Annual report of the Bengal Veterinary College and of the Civil Veterinary Department, Bengal, for the year 1916-17 - 1916-1917
Year: 1916
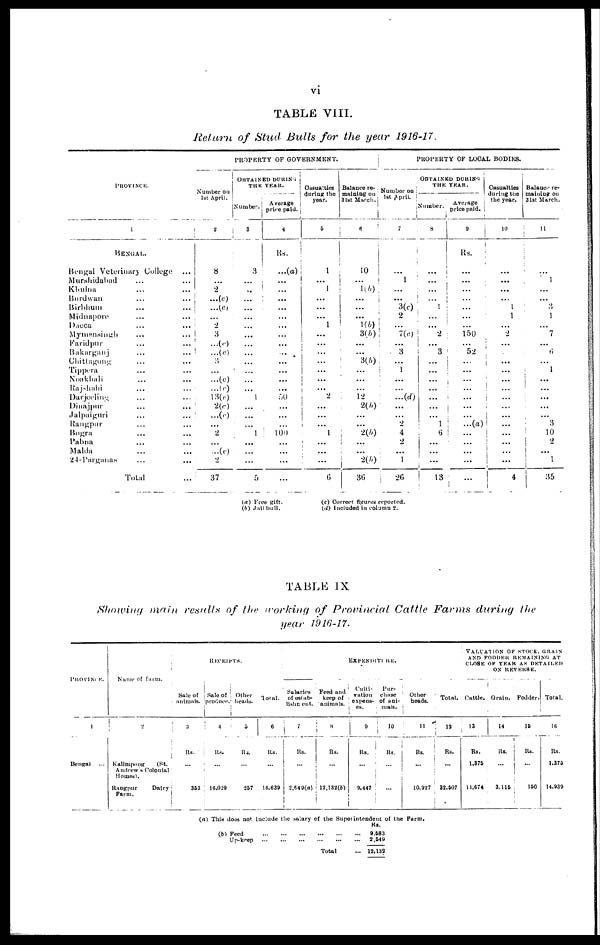
vi
TABLE
VIII.
Return
of Stud
Bulls
for
the
year
1916-17.
PROVINCE.
1
BENGAL.
Bengal Veterinary College ...
Murshidabad
......
Khulna ......
Burdwan ......
Birbhum ......
Midnapore
......
Dacca
......
Mymensingh
......
Faridpur ......
Bakarganj ......
Chittagong
.....
Tippera ......
Noakbali
......
Rajshahi ......
Darjeeling ......
Dinajpur
......
Jalpaiguri ......
Rangpur ......
Bogra
......
Pabna ......
Malda
......
24-Parganas
......
Total...
PROPERTY OF GOVERNMENT.
Number on
1st April.
2
8
...
2
...(c)
...(c)
...
2
3
...(c)
...(c)
...
...
...(c)
...(c)
13(c)
2(c)
...(c)
...
2
...(c)
2
37
OBTAINED DURING
THE YEAR.
Number.
3
3
...
...
...
...
...
...
...
...
...
...
...
...
...
1
...
...
...
1
...
...
...
5
Average
price paid.
4
Rs.
...(a)
...
...
...
...
...
...
...
...
...
...
...
...
...
50
...
...
...
100
...
...
...
...
Casualties
during the
year.
5
1
...
1
...
...
...
1
...
...
...
...
...
...
...
2
...
...
...
1
...
...
...
6
Balance re-
maining on
31st March.
6
10
...
1(b)
...
...
...
1(b)
3(A)
...
...
3(b)
...
...
...
12
2(A)
...
...
2(b)
...
...
2(b)
36
PROPERTY OF LOCAL BODIES.
Number on
1st April.
7
...
1
...
...
3(c)
2
...
7(c)
...
3
...
1
...
...
...(d)
...
...
2
4
2
...
1
26
OBTAINED DURING
THE YEAR.
Number.
8
...
...
...
...
1
...
...
2
...
3
...
...
...
...
...
...
...
1
6
...
...
...
13
Average
price paid.
9
Rs.
...
...
...
...
...
...
...
150
...
52
...
...
...
...
...
...
...
...(a)
...
...
...
...
...
Casualties
during the
the year.
10
...
...
...
...
1
1
...
2
...
...
...
...
...
...
...
...
...
...
...
...
...
...
4
Balance re-
maining on
31st March.
11
...
1
...
...
3
1
...
7
...
6
...
1
...
...
...
...
...
3
10
i
2
...
1
35
(a) Free gift.
(b) Jail bull.
(c) Correct figures reported.
(d) Included in column 2.
TABLE
IX
Showing
main
results
of the working of Provincial
Cattle
Farms
during
the
year
1916-17.
PROVINCE.
1
Bengal
Name of
farm.
2
i
Kalimpong
(St.
Andrew's
Colonial
Homes).
Rangpur
Dairy
Farm.
RECEIPTS.
Sale of
animals.
3
Rs.
353
Sale of
produce.
i 4
Rs.
...
16,029
Other
heads.
5
Rs.
257
Total.
6
Rs.
16,639
EXPENDITURE.
Salaries
of estab-
lishment.
7
Rs.
...
2,649(a)
Feed and
keep of
animals.
8
Rs.
12,132(b)
Culti-
vation
expens-
es.
9
Rs.
9,447
Pur-
chase
of ani-
mals.
10
Rs.
Other
beads.
i
11
Rs.
10,927
Total.
12
Rs.
32,507
VALUATION OF STOCK, GRAIN
AND FODDER REMAINING AT
CLOSE OF YEAR AS DETAILED
ON REVERSE.
Cattle.
13
Rs.
1,375
11,674
Grain.
14
Rs.
...
3,115
Fodder.
15
Rs.
150
Total.
16
Rs.
1,375
14,939
(a) This does not include the salary of the Superintendent of the Farm.
(b) Feed
Up-keep
...
...
...
...
...
...
..
...
Total
Rs.
9,583
2,549
12,132